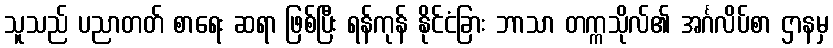
သူသည် ပညာတတ် စာရေး ဆရာ ဖြစ်ပြီး ရန်ကုန် နိုင်ငံခြား ဘာသာ တက္ကသိုလ်၏ အင်္ဂလိပ်စာ ဌာနမှ